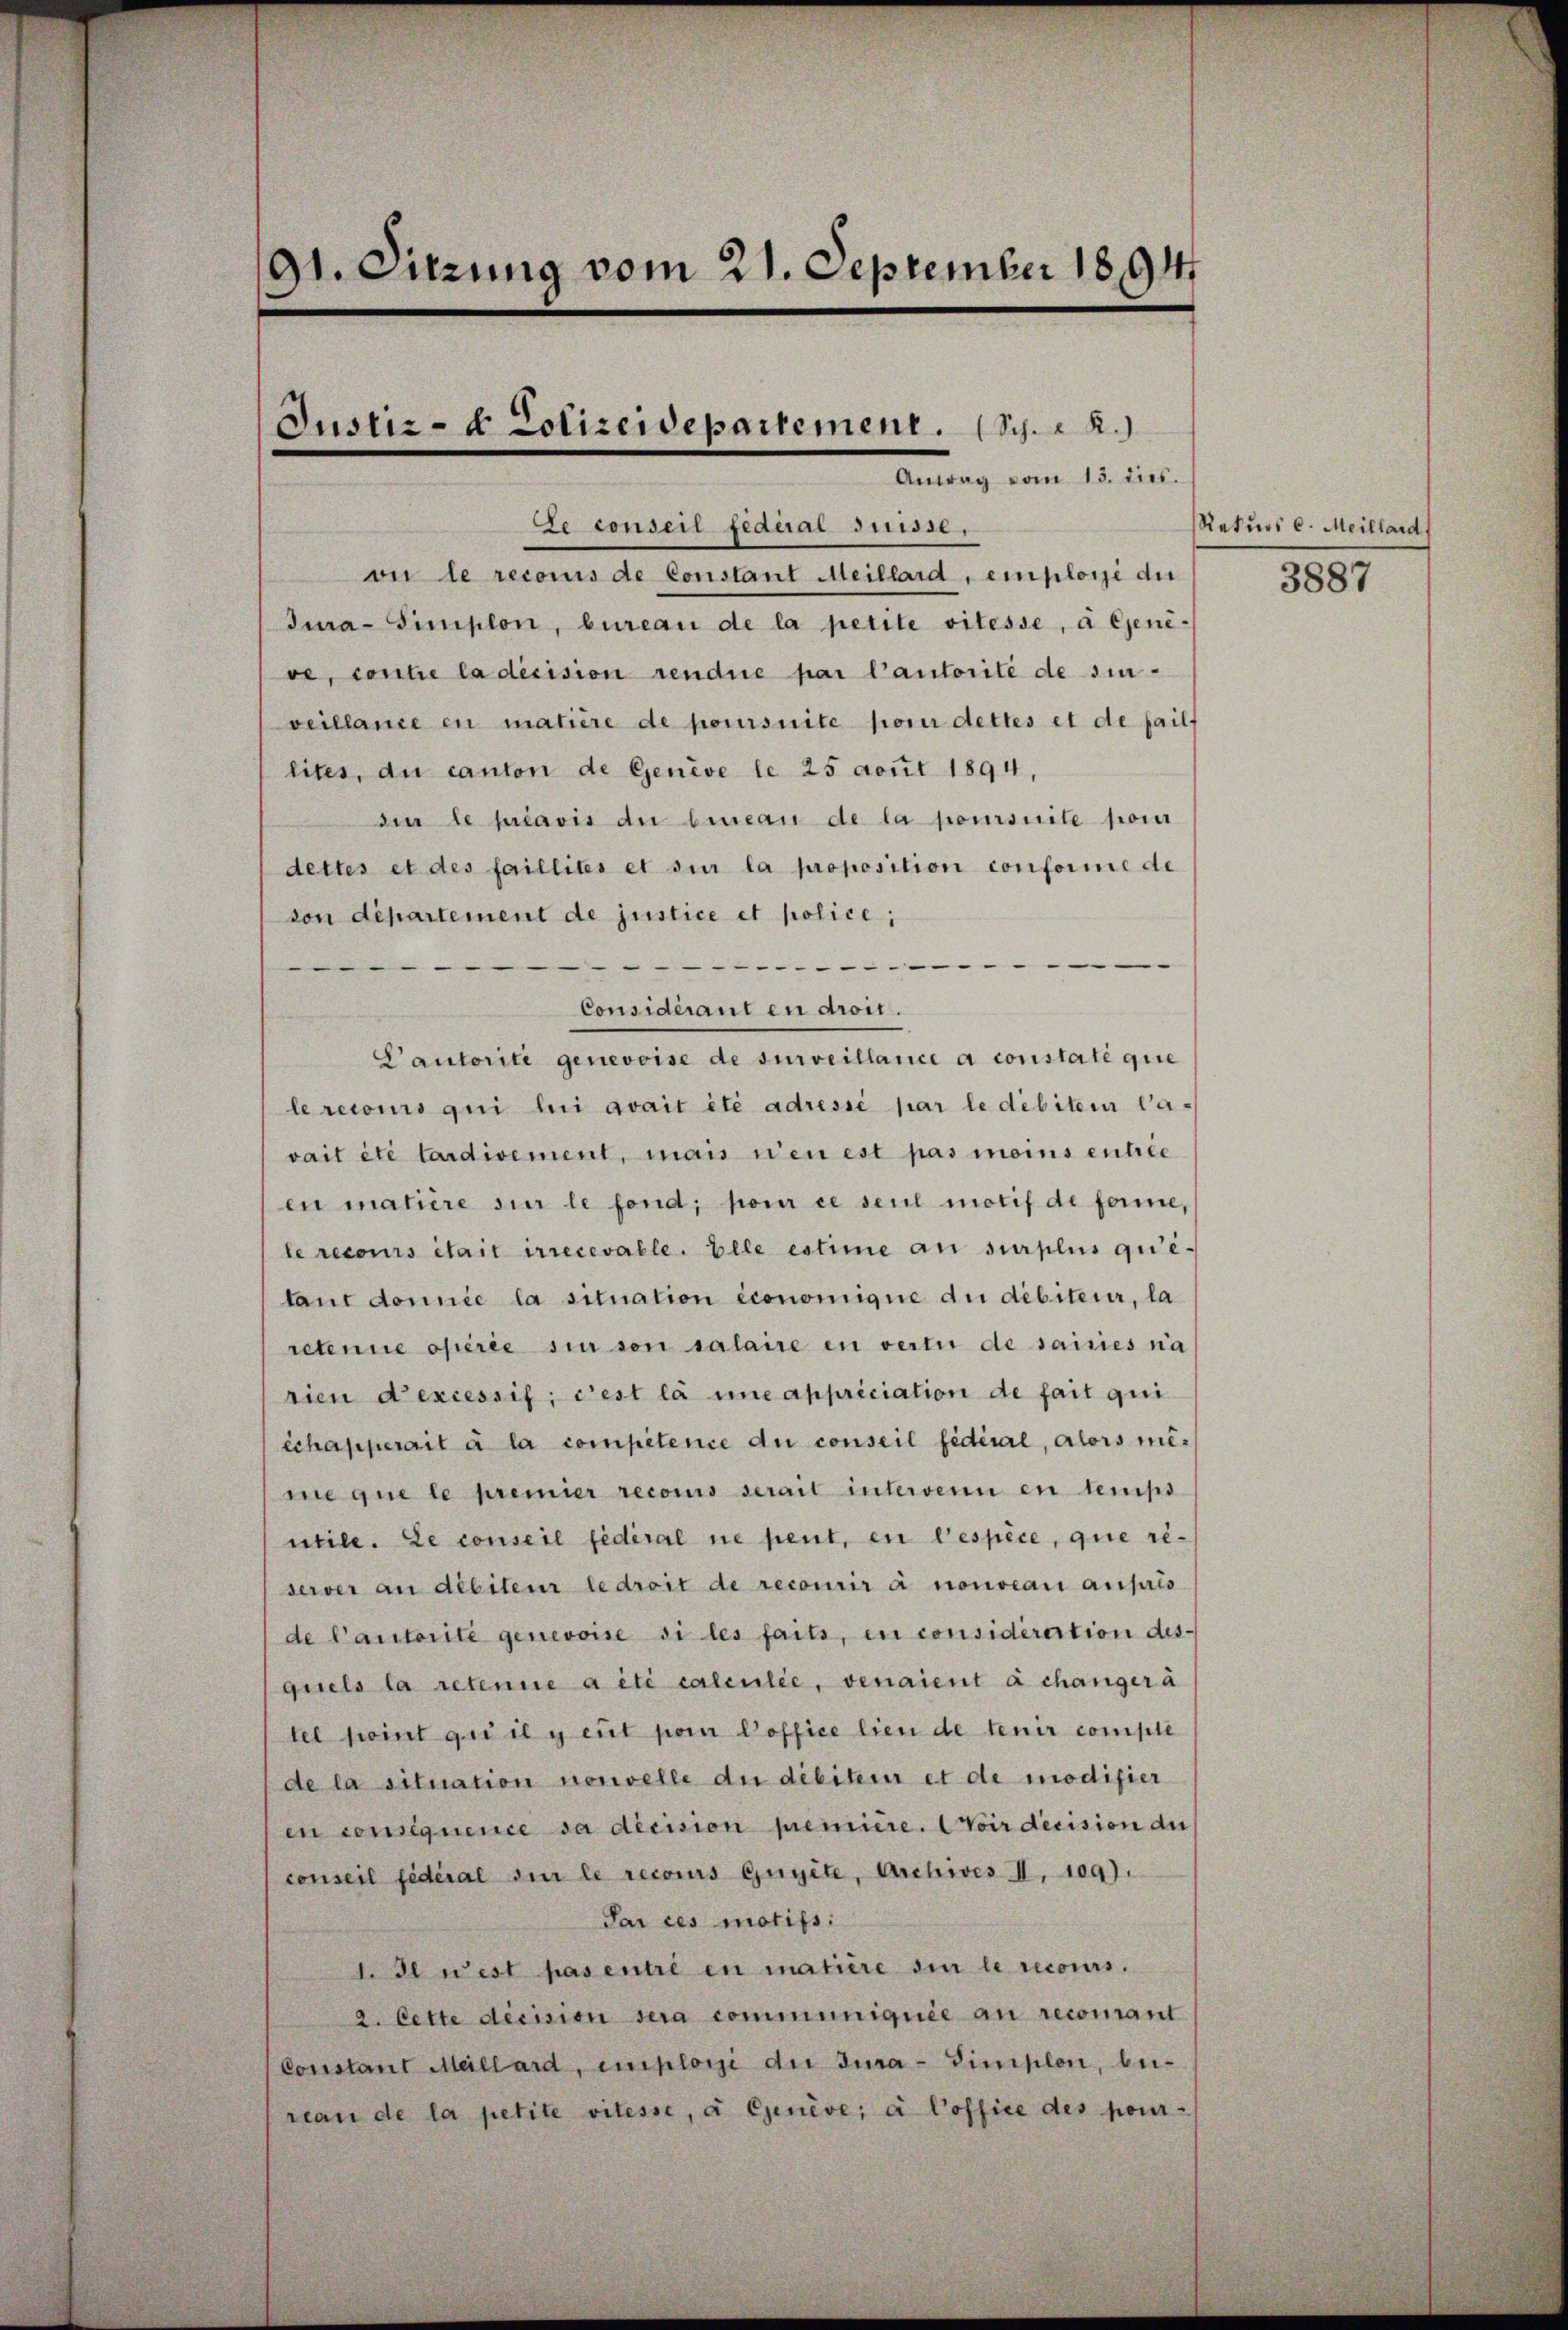
91. Sitzung vom 21. September 1894
Justiz- & Polizeidepartement. (Sch. R.)
Antag vom 13. dies.

Le conseil federal Suisse,
on le reconis de Constant Meillard, emplare die
Jura-Simplon, bureau de la petite vitesse, a Geneve, contre la décision rendue par l’autorité de sin-
veillance en matière de poursuite poner dettes et de pailf
lites, du canton de Genève le 25 aout 1894,
die le préavis du bureau de la poursuite por
dettes et des faillites et sur la proposition conforme de
von département de justice et police;
.
Considérant en droit.
Pautorite genevoise de surveillance a constate gie
le recours qui lui avait été adressé par le débitem Ca-
vait été tardivement, mais wen est pas moins entrie
en matière sur le fond, pour ce seul motif de forme,
le recours était irrecevable. Elle estime an surplus quietant donnée la situation économique du débiteur, la
retenne opérée sin von salaire en vertu de saisies na
rien d’excessif; c’est la une appriciation de fait qui
échapperait à la compétence du conseil fédéral, alors mime que le premier recons serait intervenn en temps
neile. Le conseil fédéral ne peut, en bespèce, que reserver au débiteur le droit de recourir à nouveau aufris
de Cautorite genevoise si les faits, in considirection des-
quels la retenue a été calculie, venaient à changer à
tel point qui il y eut pour office lieu de tenir comple
de la situation nouvelle du débitem et de modifier
en consequence sa decision première. Wir decision du
conseil fédéral sur le recours Gugite, Archives II. 109).
Par ces motifs.
edl west pas entre en matière ein le recours.
2. Cette decision sera communiquée au recomant
Constant Meillard, employe die Jura-Simplon, beireau de la petite vilesse, a Genève, à Coffice des pour-

Rekurs c. Meillard,
3887